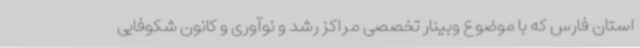
استان فارس که با موضوع وبینار تخصصی مراکز رشد و نوآوری و کانون شکوفایی